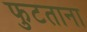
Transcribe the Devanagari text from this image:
फुटताना